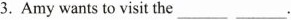
3.Amy wants to visit the ___ .